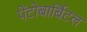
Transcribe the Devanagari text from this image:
पेंटोबार्बिटल